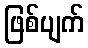
ဖြစ်ပျက်